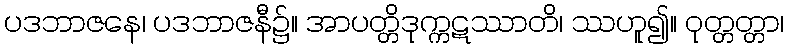
ပဒဘာဇနေ၊ ပဒဘာဇနီ၌။ အာပတ္တိဒုက္ကဋဿာတိ၊ ဿဟူ၍။ ဝုတ္တတ္တာ၊